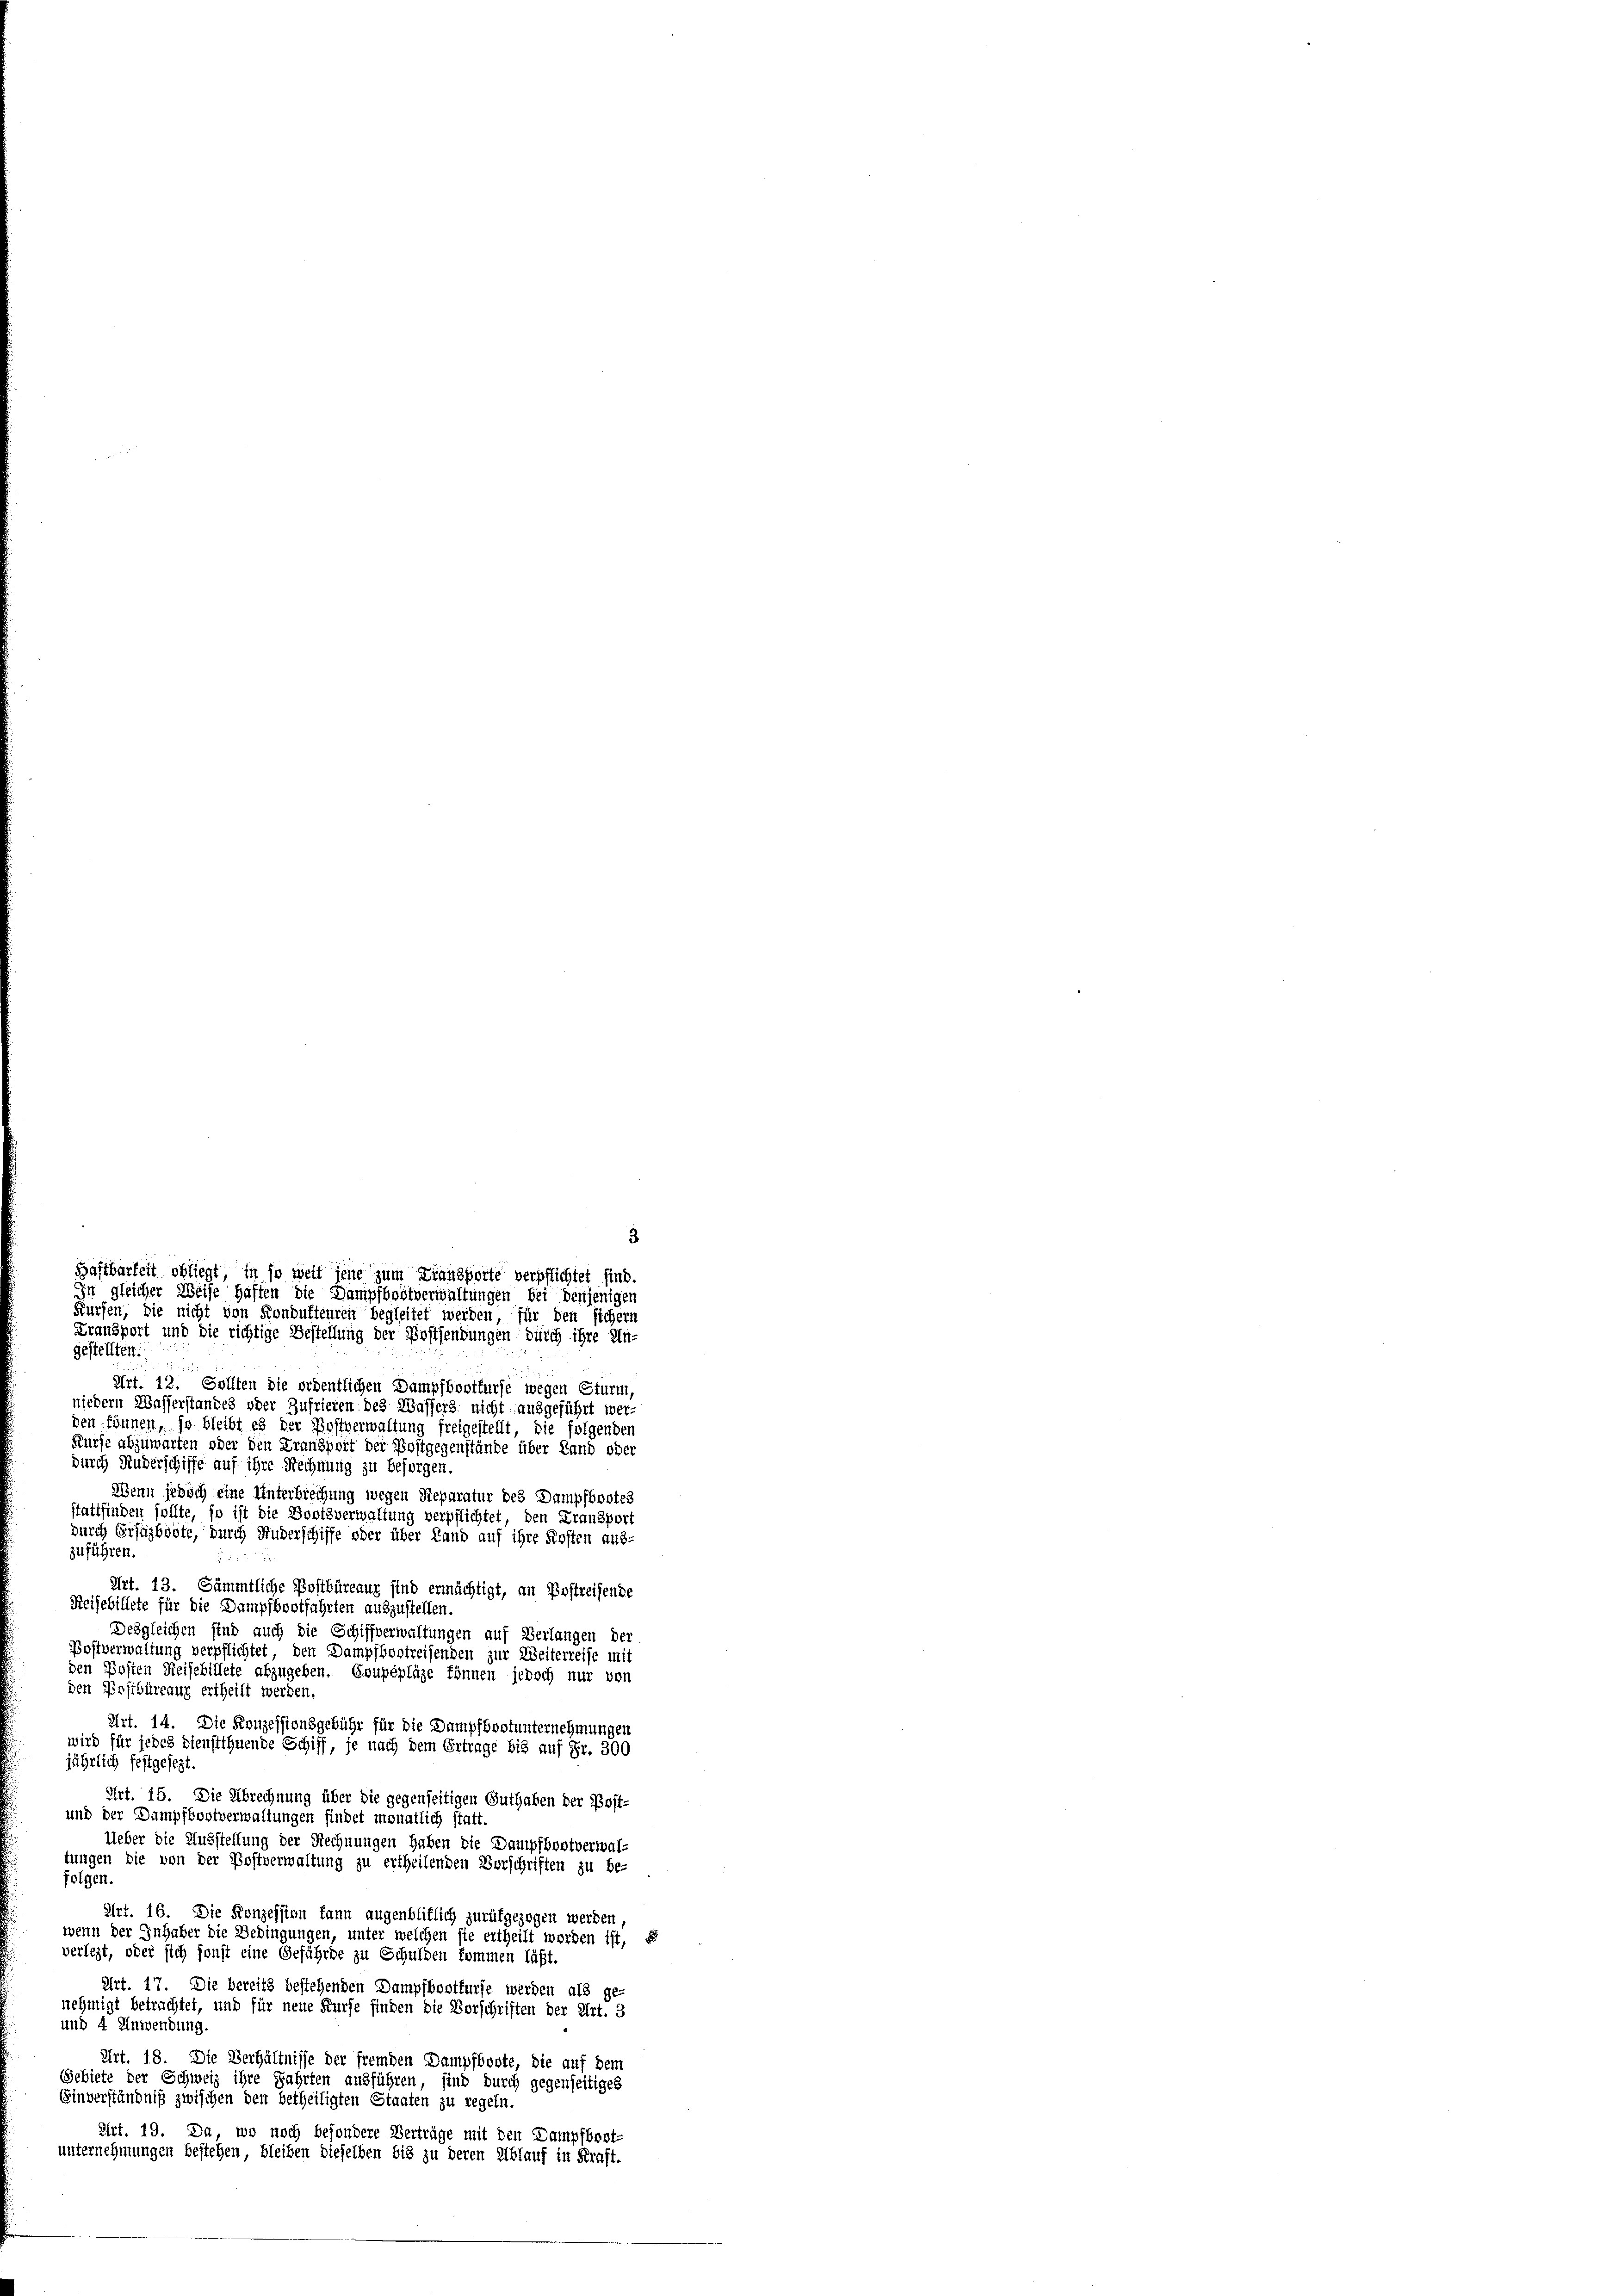
Art. 12. Sollten die ordentlichen Dampfbootturse wegen Sturm,
niedern Wasserstandes oder Zufrieren des Wassers nicht ausgeführt wer-
den können, so bleibt es der Postverwaltung freigestellt, die folgenden
Kurse abzuwarten oder den Fransport der Postgegenstände über Land oder
durch Ruderschiffe auf ihre Rechnung zu besorgen.
Wenn jedoch eine Unterbrechung wegen Reparatur des Dampfbootes
stattfinden sollte, so ist die Bootsverwaltung verpflichtet, den Fransport
durch Ersugböbte, durch Ruderschiffe oder über Land auf ihre Firsten aus-
zuführen.
Art. 13. Sämmtliche Postbüreaux sind ermächtigt, an Erstreifende
Reisebillete für die Dampfbootfahrten auszustellen.
Desgleichen sind auch die Schiffverwaltungen auf Verlangen der
Postverwaltung verpflichtet, den Dampfbostreifenden zur Weiterreise mit
den Posten Reisebillete abzugeben. Coupépläge können jedoch nur von
den Postbüreaux ertheilt werden.
Art. 14. Die Konzessionsgebühr für die Dampfbootunternehmungen
wird für jedes dienst ihnende Schiff, je nach dem Ertrage bis auf Fr. 300
jährlich festgesezt.
Art. 15. Die Abrechnung über die gegenseitigen Guthaben der Post-
und der Dampfbootverwaltungen findet monatlich statt.
Ueber die Ausstellung der Rechnungen haben die Dampfbootverwaltungen die von der Postverwaltung zu ertheilenden Vorschriften zu be-
folgen.
Art. 16. Die Konzession kann augenblitlich zurükgezogen werden
wenn der Inhaber die Bedingungen, unter welchen sie ertheilt werden ist, s
verlegt, oder sich sonst eine Gefährde zu Schulden kommen läßt.
Art. 17. Die Bereits bestehenden Dampfbootfurse werden als ge-
nehmigt betrachtet, und für neue Kürfe finden die Vorschriften der Art. 3
und 4 Anwendung.
Art. 18. Die Verhältnisse der fremden Dampfboote, die auf dem
Gebiete der Schweiz ihre Fahrten ausführen, sind durch gegenseitiges
Einverständniß zwischen den betheiligten Staaten zu regeln
Art. 19. Da, wo noch besondere Verträge mit den Dampfboot-
unternehmungen bestehen, bleiben dieselben bis zu deren Ablauf in Kraft.

3
Haftbarkeit obliegt, in so weit jene zum Transporte verpflichtet sind.
In gleicher Weise haften die Dampfbrötverwaltungen bei denjenigen
Kürfen, die nicht von Kondufteuren begleitet werden, für den sichern
Transport und die richtige Bestellung der Postsendungen durch ihre Un-
gestellten.